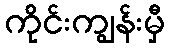
ကိုင်းကျွန်းမှီ